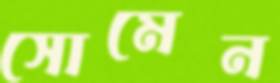
সোমেন